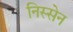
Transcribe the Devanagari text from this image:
निस्सेन